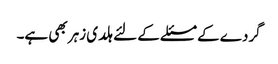
گردے کے مسئلے کے لئے ہلدی زہر بھی ہے۔